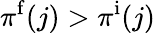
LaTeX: \pi^{\mathrm f}(j)>\pi^{\mathrm i}(j)